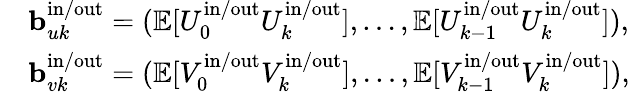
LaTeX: \begin{array}{rl}&{\mathbf{b}_{uk}^{\mathrm{in}/\mathrm{out}}=(\mathbb{E}[U_{0}^{\mathrm{in}/\mathrm{out}}U_{k}^{\mathrm{in}/\mathrm{out}}],\ldots,\mathbb{E}[U_{k-1}^{\mathrm{in}/\mathrm{out}}U_{k}^{\mathrm{in}/\mathrm{out}}]),}\\ &{\mathbf{b}_{vk}^{\mathrm{in}/\mathrm{out}}=(\mathbb{E}[V_{0}^{\mathrm{in}/\mathrm{out}}V_{k}^{\mathrm{in}/\mathrm{out}}],\ldots,\mathbb{E}[V_{k-1}^{\mathrm{in}/\mathrm{out}}V_{k}^{\mathrm{in}/\mathrm{out}}]),}\end{array}